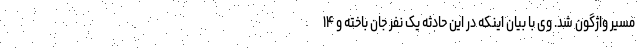
مسیر واژگون شد. وی با بیان اینکه در این حادثه یک نفر جان باخته و ۱۴